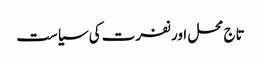
تاج محل اور نفرت کی سیاست